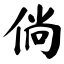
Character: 倘